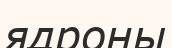
ядроны